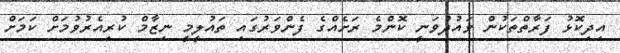
އިދިކޮޅު ފަރާތްތަކުން ވައުދުވަނީ ކޮންމެ ރަށެއްގެ ފެންވަރުގައި ތައުލީމީ ނިޒާމް ކުރިއެރުވުމަށް ކަމަަށް